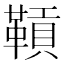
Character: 𩌌